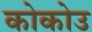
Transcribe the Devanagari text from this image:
कोकोउ